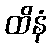
ထိနံ